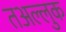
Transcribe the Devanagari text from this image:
तअल्लुक